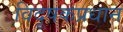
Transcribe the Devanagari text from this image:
विदूषकप्रधान